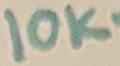
Text: 10KΩ